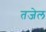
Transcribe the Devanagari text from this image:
तजेल